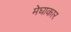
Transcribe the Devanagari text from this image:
मेघाकार